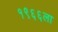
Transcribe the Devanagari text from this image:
१९६६ला